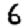
Digit: 6